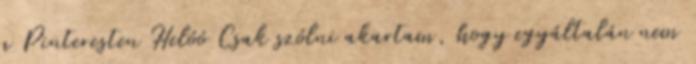
a Pinteresten Helóó Csak szólni akartam, hogy egyáltalán nem